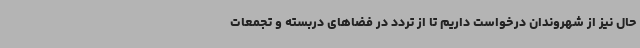
حال نیز از شهروندان درخواست داریم تا از تردد در فضاهای دربسته و تجمعات